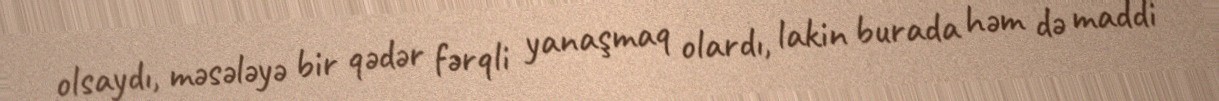
olsaydı, məsələyə bir qədər fərqli yanaşmaq olardı, lakin burada həm də maddi